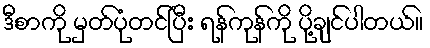
ဒီစာကို မှတ်ပုံတင်ပြီး ရန်ကုန်ကို ပို့ချင်ပါတယ်။